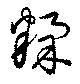
糅